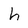
Character: h